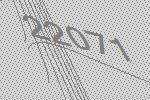
22071